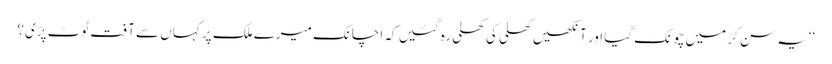
‘‘یہ سن کر میں چونک گیا اور آنکھیں کھلی کی کھلی رہ گئیں کہ اچانک میرے ملک پر کہاں سے آفت ٹوٹ پڑی؟